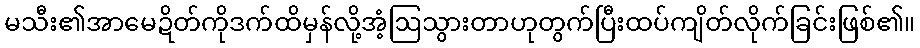
မသီး၏အာမေဍိတ်ကိုဒက်ထိမှန်လို့အံ့ဩသွားတာဟုတွက်ပြီးထပ်ကျိတ်လိုက်ခြင်းဖြစ်၏။